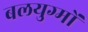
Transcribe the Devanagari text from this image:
बलयुग्मों